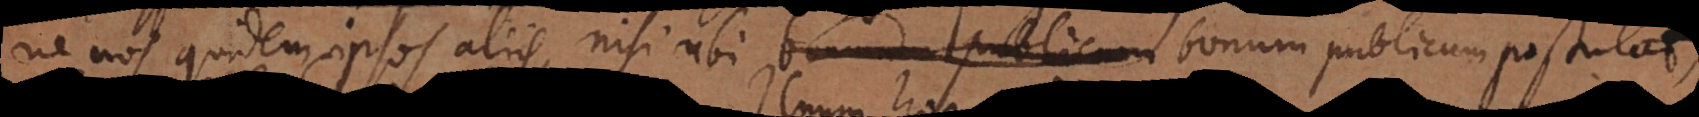
ne nos quidem ipsos aliis, nisi ubi bonum publicum postulat,